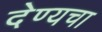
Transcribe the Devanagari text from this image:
देण्यचा